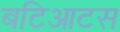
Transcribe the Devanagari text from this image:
बटिआटस